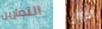
التمارين الآوان